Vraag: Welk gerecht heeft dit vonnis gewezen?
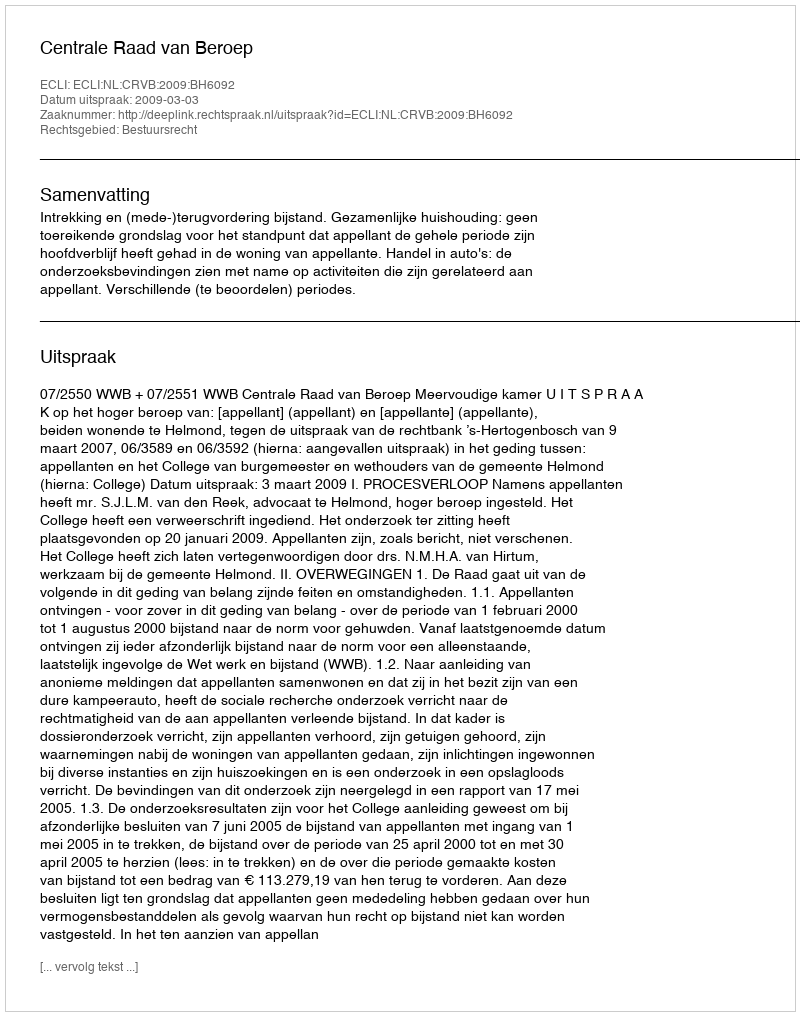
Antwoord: Centrale Raad van Beroep